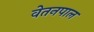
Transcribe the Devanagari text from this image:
वेतनपाल